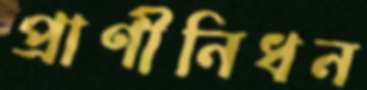
প্রাণীনিধন